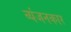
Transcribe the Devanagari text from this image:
व्यंजनकार